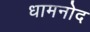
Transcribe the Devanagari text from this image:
धामनोद